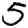
Digit: 5